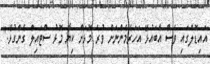
އައިޑޮލްގައި ވެސް އެބައުޅޭ އަހަރެމެންނަށް ވުރެ މޮޅަށް ކިޔާ މޮޅު ސްޓައިލް ގެންގުޅޭ."